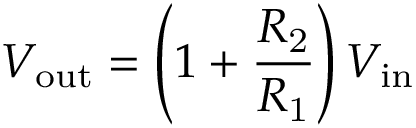
V _ { \mathrm { o u t } } = \left( 1 + { \frac { R _ { \mathrm { 2 } } } { R _ { \mathrm { 1 } } } } \right) V _ { \mathrm { i n } } \!